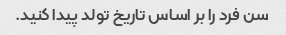
سن فرد را بر اساس تاریخ تولد پیدا کنید.